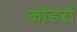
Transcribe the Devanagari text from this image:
कोडरों